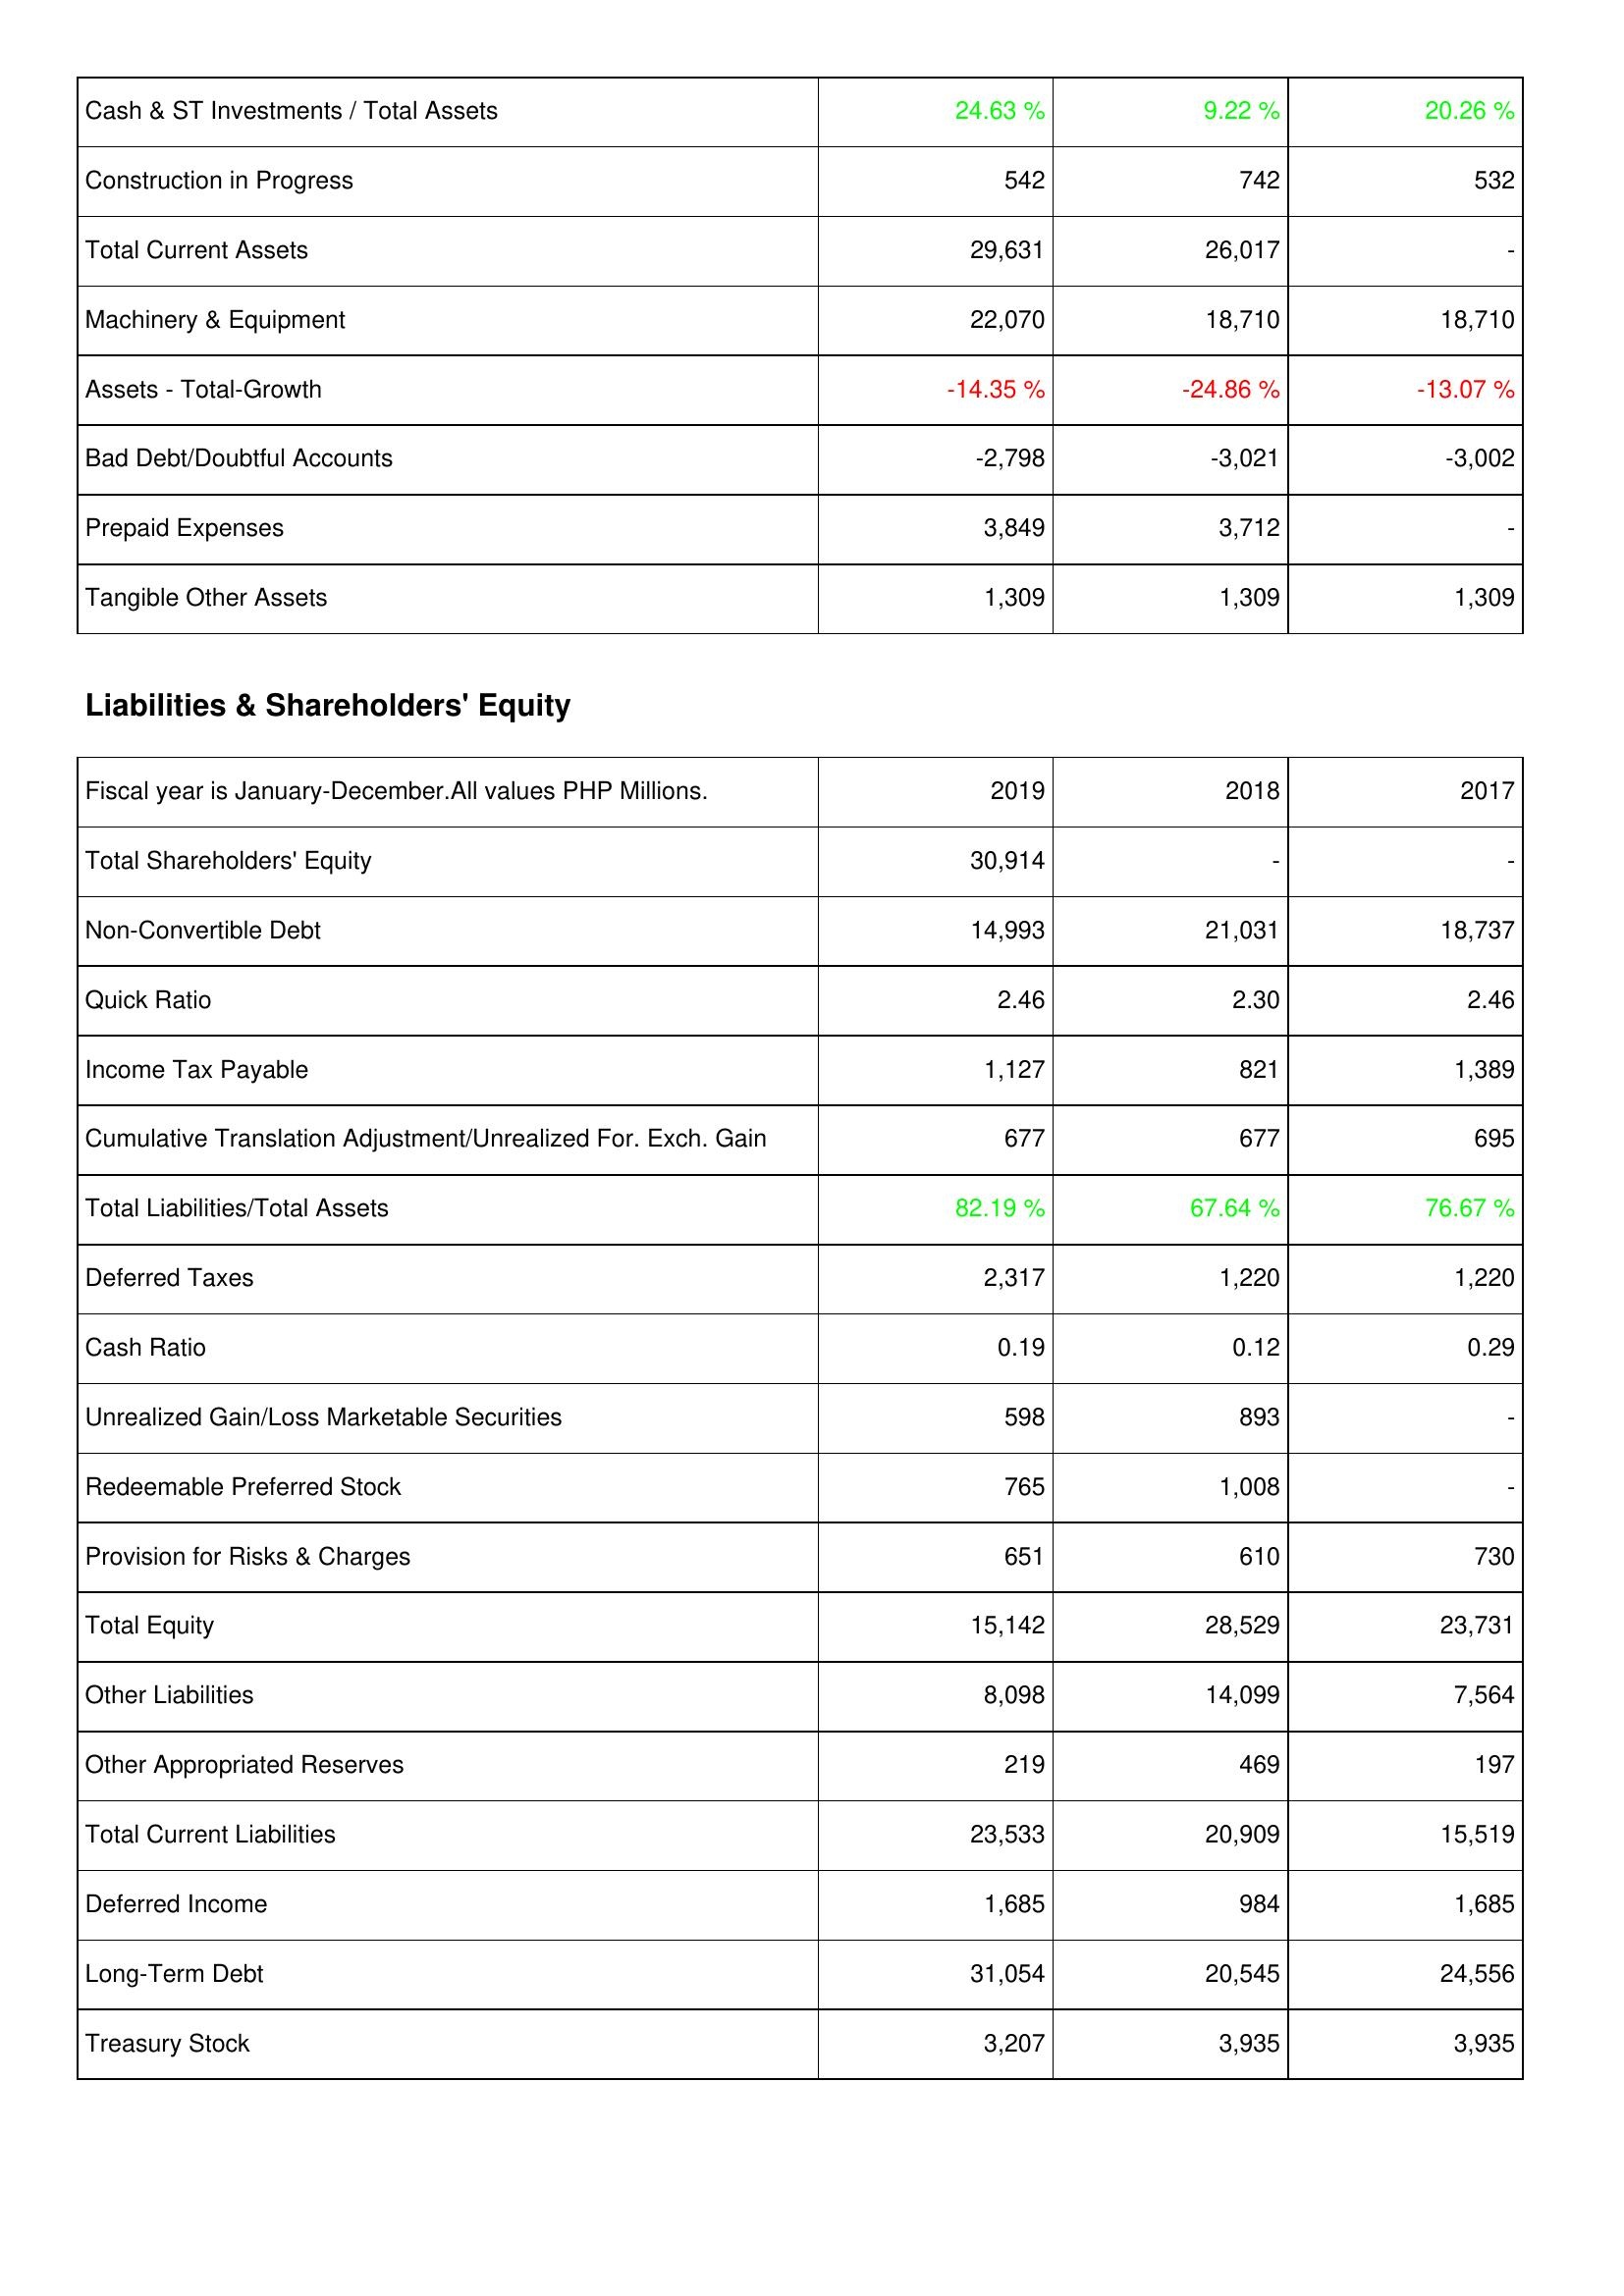
2019: Assets: Cash & ST Investments / Total Assets: 24.63 %
Construction in Progress: 542
Total Current Assets: 29,631
Machinery & Equipment: 22,070
Assets - Total-Growth: -14.35 %
Bad Debt/Doubtful Accounts: -2,798
Prepaid Expenses: 3,849
Tangible Other Assets: 1,309
Liabilities & Shareholders' Equity: Total Shareholders' Equity: 30,914
Non-Convertible Debt: 14,993
Quick Ratio: 2.46
Income Tax Payable: 1,127
Cumulative Translation Adjustment/Unrealized For. Exch. Gain: 677
Total Liabilities/Total Assets: 82.19 %
Deferred Taxes: 2,317
Cash Ratio: 0.19
Unrealized Gain/Loss Marketable Securities: 598
Redeemable Preferred Stock: 765
Provision for Risks & Charges: 651
Total Equity: 15,142
Other Liabilities: 8,098
Other Appropriated Reserves: 219
Total Current Liabilities: 23,533
Deferred Income: 1,685
Long-Term Debt: 31,054
Treasury Stock: 3,207
2018: Assets: Cash & ST Investments / Total Assets: 9.22 %
Construction in Progress: 742
Total Current Assets: 26,017
Machinery & Equipment: 18,710
Assets - Total-Growth: -24.86 %
Bad Debt/Doubtful Accounts: -3,021
Prepaid Expenses: 3,712
Tangible Other Assets: 1,309
Liabilities & Shareholders' Equity: Total Shareholders' Equity: -
Non-Convertible Debt: 21,031
Quick Ratio: 2.30
Income Tax Payable: 821
Cumulative Translation Adjustment/Unrealized For. Exch. Gain: 677
Total Liabilities/Total Assets: 67.64 %
Deferred Taxes: 1,220
Cash Ratio: 0.12
Unrealized Gain/Loss Marketable Securities: 893
Redeemable Preferred Stock: 1,008
Provision for Risks & Charges: 610
Total Equity: 28,529
Other Liabilities: 14,099
Other Appropriated Reserves: 469
Total Current Liabilities: 20,909
Deferred Income: 984
Long-Term Debt: 20,545
Treasury Stock: 3,935
2017: Assets: Cash & ST Investments / Total Assets: 20.26 %
Construction in Progress: 532
Total Current Assets: -
Machinery & Equipment: 18,710
Assets - Total-Growth: -13.07 %
Bad Debt/Doubtful Accounts: -3,002
Prepaid Expenses: -
Tangible Other Assets: 1,309
Liabilities & Shareholders' Equity: Total Shareholders' Equity: -
Non-Convertible Debt: 18,737
Quick Ratio: 2.46
Income Tax Payable: 1,389
Cumulative Translation Adjustment/Unrealized For. Exch. Gain: 695
Total Liabilities/Total Assets: 76.67 %
Deferred Taxes: 1,220
Cash Ratio: 0.29
Unrealized Gain/Loss Marketable Securities: -
Redeemable Preferred Stock: -
Provision for Risks & Charges: 730
Total Equity: 23,731
Other Liabilities: 7,564
Other Appropriated Reserves: 197
Total Current Liabilities: 15,519
Deferred Income: 1,685
Long-Term Debt: 24,556
Treasury Stock: 3,935